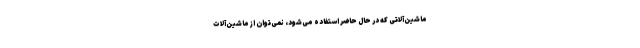
ماشین‌آلاتی که در حال حاضر استفاده می‌شود، نمی‌توان از ماشین‌آلات